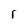
Character: r